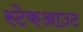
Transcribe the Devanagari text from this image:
स्टेकआउट